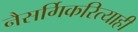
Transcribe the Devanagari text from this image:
नैसर्गिकरित्याही